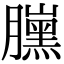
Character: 𦢜